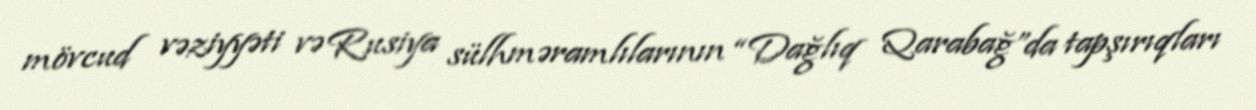
mövcud vəziyyəti və Rusiya sülhməramlılarının “Dağlıq Qarabağ”da tapşırıqları